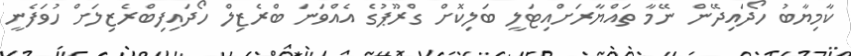
ކާމިޔާބު ހޯދައިދޭން ނޭމާ ތައްޔާރަށްއިޓަލީ ބަލިކޮށް ގްރޫޕުގެ އެއްވަނަ ބްރެޒިލް ހޯދައިފިބްރެޒިލަށް ހުވަފެނީ